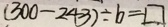
( 3 0 0 - 2 4 3 ) \div b = \square